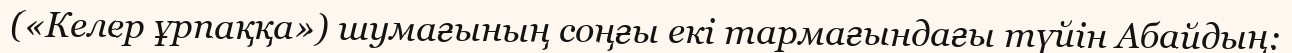
(«Келер ұрпаққа») шумағының соңғы екі тармағындағы түйін Абайдың: